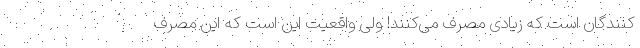
کنندگان است که زیادی مصرف می‌کنند! ولی واقعیت این است که این مصرف